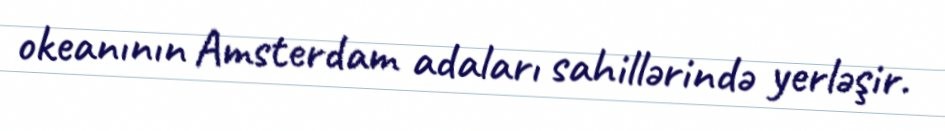
okeanının Amsterdam adaları sahillərində yerləşir.